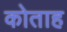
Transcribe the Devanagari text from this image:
कोताह